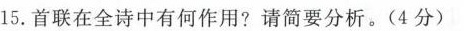
15.首联在全诗中有何作用?请简要分析。(4分)